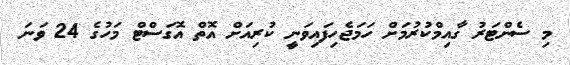
މި ސެންޓަރު ގާއިމްކުރުމަށް ހަމަޖެހިފައިވަނީ ކުރިއަށް އޮތް އޮގަސްޓް މަހުގެ 24 ވަނަ